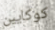
كوكايين